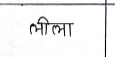
मजकूर: लीला